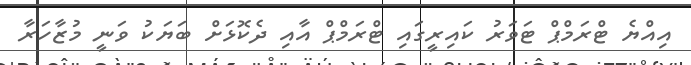
އިއްޔެ ޓްރަމްޕް ޓަވަރު ކައިރީގައި ޓްރަމްޕް އާއި ދެކޮޅަށް ބަޔަކު ވަނީ މުޒާހަރާ